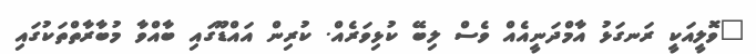
"ވޮލީއަކީ ރަނގަޅު އާމްދަނީއެއް ވެސް ލިބޭ ކުޅިވަރެއް. ކުރިން އަައްޑޫގައި ބާއްވާ މުބާރާތްތަކުގައި